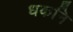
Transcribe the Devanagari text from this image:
धकनि